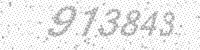
Solution: 913843